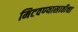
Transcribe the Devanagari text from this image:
मिटवण्यासाठीचा